65_HS1-834228961_62-HQ-83894_Section_8
Agency: FBI
Page 22
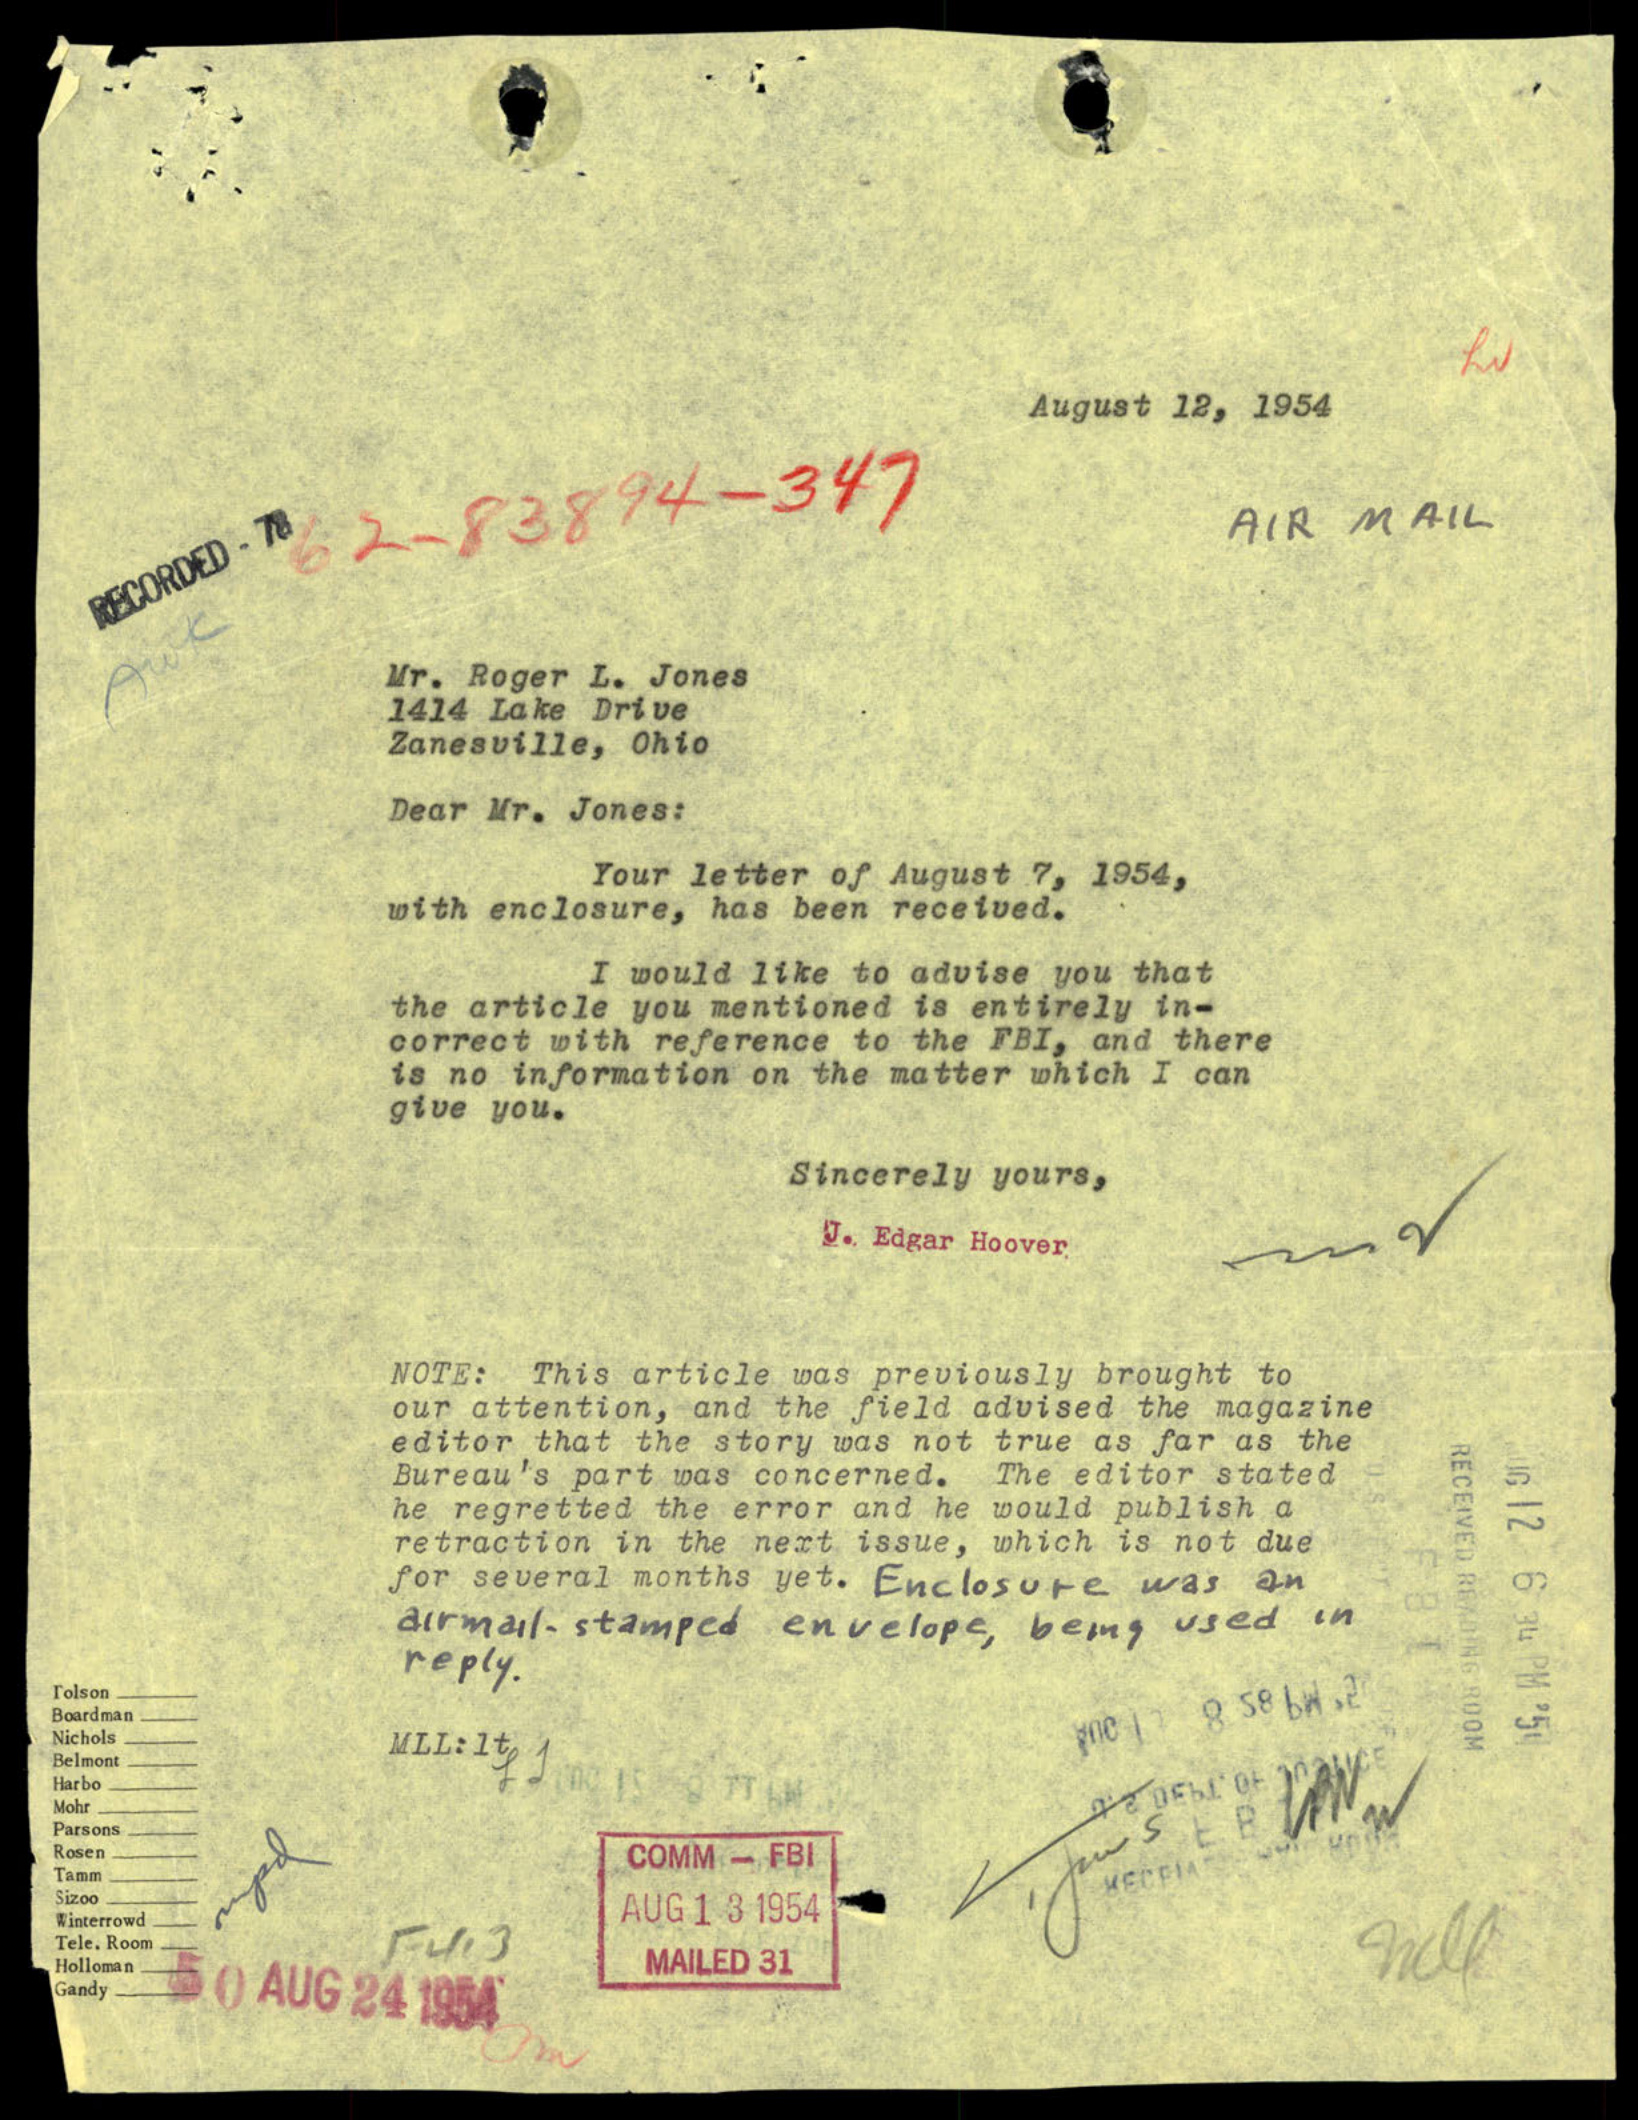